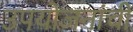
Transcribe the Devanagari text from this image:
उपयोजनांची